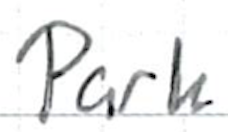
Text: Park
Cross-out: clean
Writing tool: ballpoint